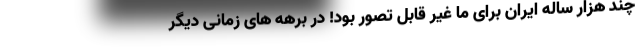
چند هزار ساله ایران برای ما غیر قابل تصور بود! در برهه های زمانی دیگر